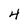
Character: 4